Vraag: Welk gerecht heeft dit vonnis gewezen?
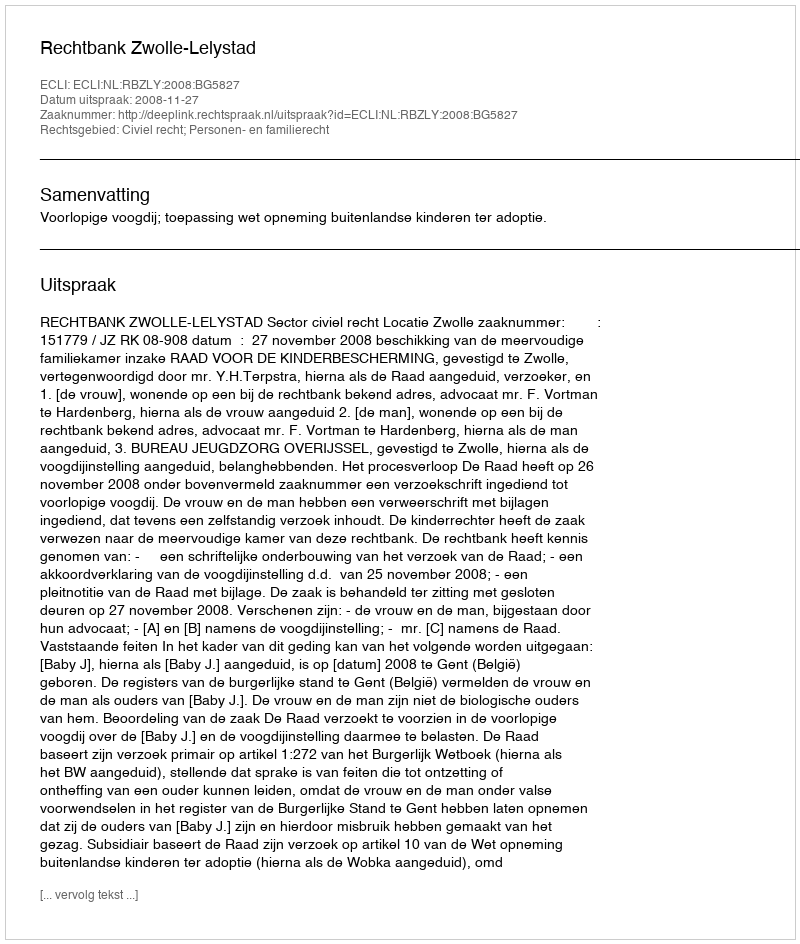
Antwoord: Rechtbank Zwolle-Lelystad